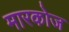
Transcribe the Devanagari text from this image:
मारकोज